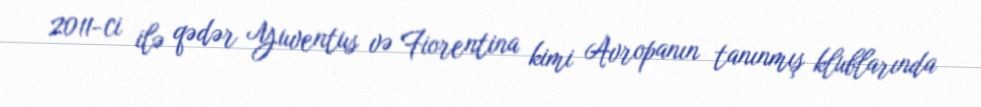
2011-ci ilə qədər Yuventus və Fiorentina kimi Avropanın tanınmış klublarında